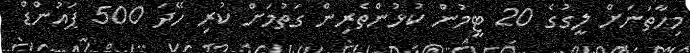
މިހާތަނަށް ލީގުގެ 20 ޓީމުން ކުޅުންތެރިން ގަތުމަށް ކުރި ހޭދަ 500 ޕައުންޑް